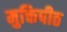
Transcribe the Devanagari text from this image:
मुक्तिपीठ